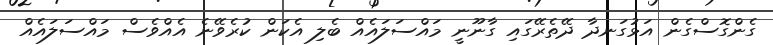
ގެންގޮސްގެން އަޅުގަނދާ ދޭތެރޭގައި ގާނޫނީ މައްސަލައެއް ބެލި އެކަން ކުރެވޭނެ އެއްވެސް މައްސަލައެއް